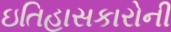
ઇતિહાસકારોની